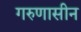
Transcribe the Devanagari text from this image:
गरुणासीन